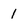
Character: 1